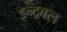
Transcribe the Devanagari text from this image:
इन्द्रबल